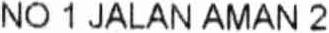
NO 1 JALAN AMAN 2